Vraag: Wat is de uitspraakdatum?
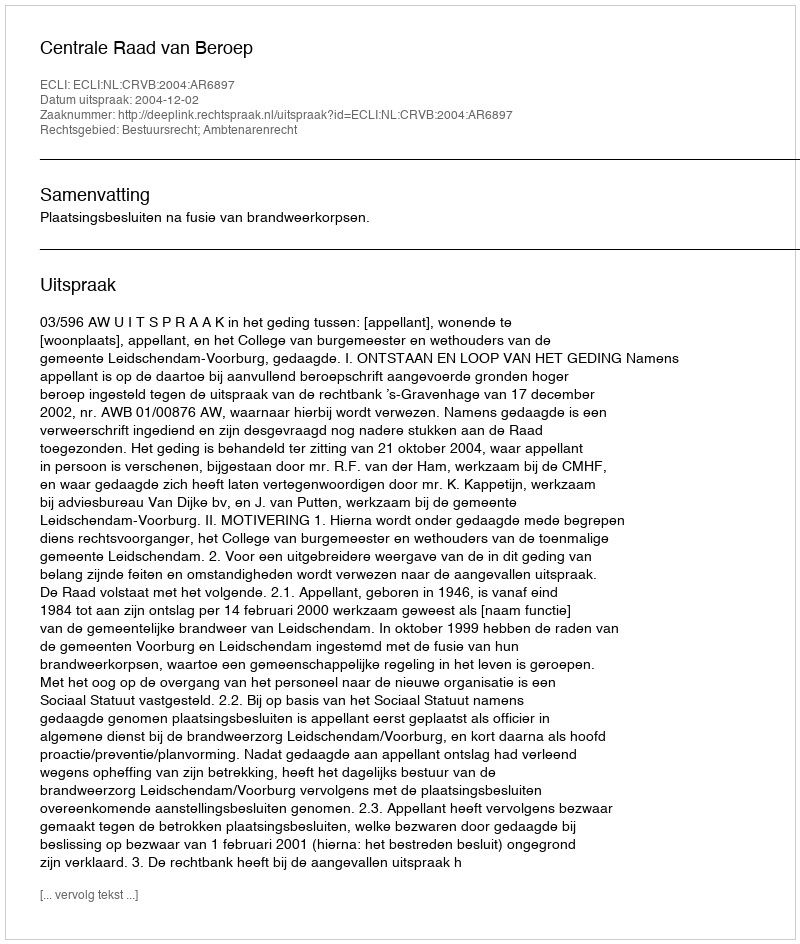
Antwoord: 2004-12-02